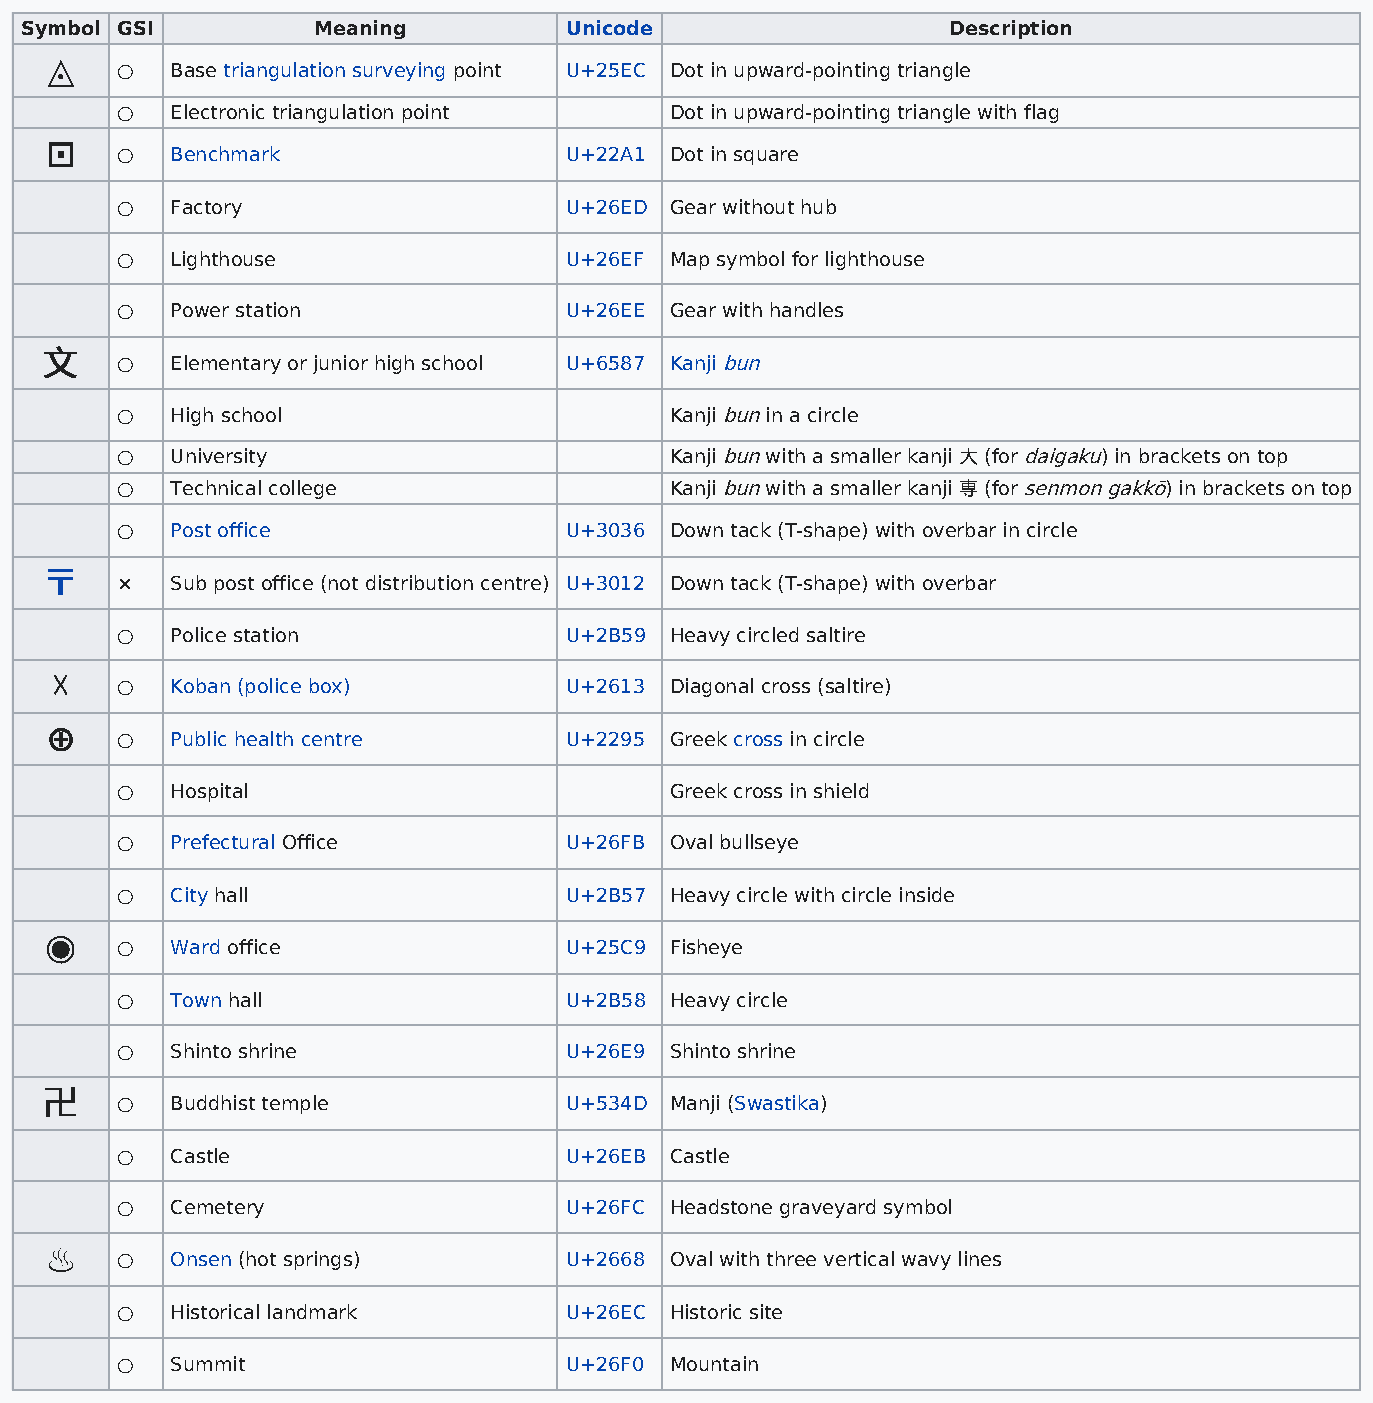
Symbol GSI          Meaning         Unicode                   Description
 ◬
 ○  Base triangulation surveying point U+25EC Dot in upward-pointing triangle
 ○  Electronic triangulation point   Dot in upward-pointing triangle with flag
 ⊡
 ○  Benchmark                 U+22A1 Dot in square
 ○  Factory                   U+26ED Gear without hub
 ○  Lighthouse                U+26EF Map symbol for lighthouse
 ○  Power station             U+26EE Gear with handles
 文文
 ○  Elementary or junior high school U+6587 Kanji bun
 ○  High school                      Kanji bun in a circle
 ○  University                       Kanji bun with a smaller kanji 大 (for daigaku) in brackets on top
 ○  Technical college                Kanji bun with a smaller kanji 専 (for senmon gakkō) in brackets on top
 ○  Post office               U+3036 Down tack (T-shape) with overbar in circle
 〒〒
 ×  Sub post office (not distribution centre) U+3012 Down tack (T-shape) with overbar
 ○  Police station            U+2B59 Heavy circled saltire
 ☓
 ○  Koban (police box)        U+2613 Diagonal cross (saltire)
 ⊕
 ○  Public health centre      U+2295 Greek cross in circle
 ○  Hospital                         Greek cross in shield
 ○  Prefectural Office        U+26FB Oval bullseye
 ○  City hall                 U+2B57 Heavy circle with circle inside
 ◉
 ○  Ward office               U+25C9 Fisheye
 ○  Town hall                 U+2B58 Heavy circle
 ○  Shinto shrine             U+26E9 Shinto shrine
 卍卍
 ○  Buddhist temple           U+534D Manji (Swastika)
 ○  Castle                    U+26EB Castle
 ○  Cemetery                  U+26FC Headstone graveyard symbol
 ♨
 ○  Onsen (hot springs)       U+2668 Oval with three vertical wavy lines
 ○  Historical landmark       U+26EC Historic site
 ○  Summit                    U+26F0 Mountain